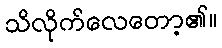
သိလိုက်လေတော့၏။